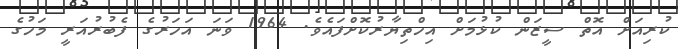
ކުރިއަށް އޮތް ސީޒަން ކުޅުމަށް އިހްތިޔާރުކޮށްފައެވެ. 1964 ވަނަ އަހަރުގެ ފެބުރުއަރީ މަހުގެ